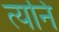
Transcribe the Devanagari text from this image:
त्यनि